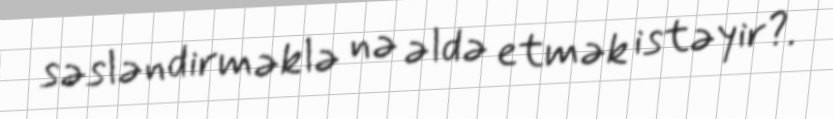
səsləndirməklə nə əldə etmək istəyir?.